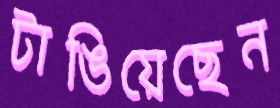
টাঙিয়েছেন